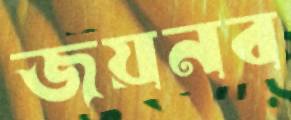
জয়নব